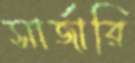
সার্জারি